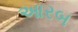
આરબ